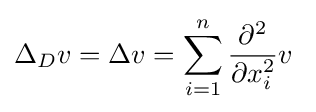
\Delta _{D}v=\Delta v=\sum _{i=1}^{n}{\frac {\partial ^{2}}{\partial x_{i}^{2}}}v~